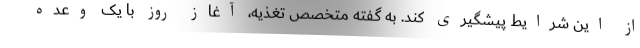
از این شرایط پیشگیری کند. به گفته متخصص تغذیه، آغاز روز با یک وعده